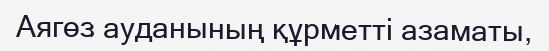
Аягөз ауданының құрметті азаматы,